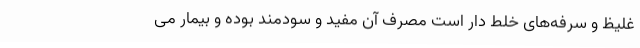
غلیظ و سرفه‌های خلط دار است مصرف آن مفید و سودمند بوده و بیمار می